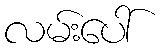
လမ်းပေါ်